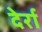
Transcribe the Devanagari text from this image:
देर्रा